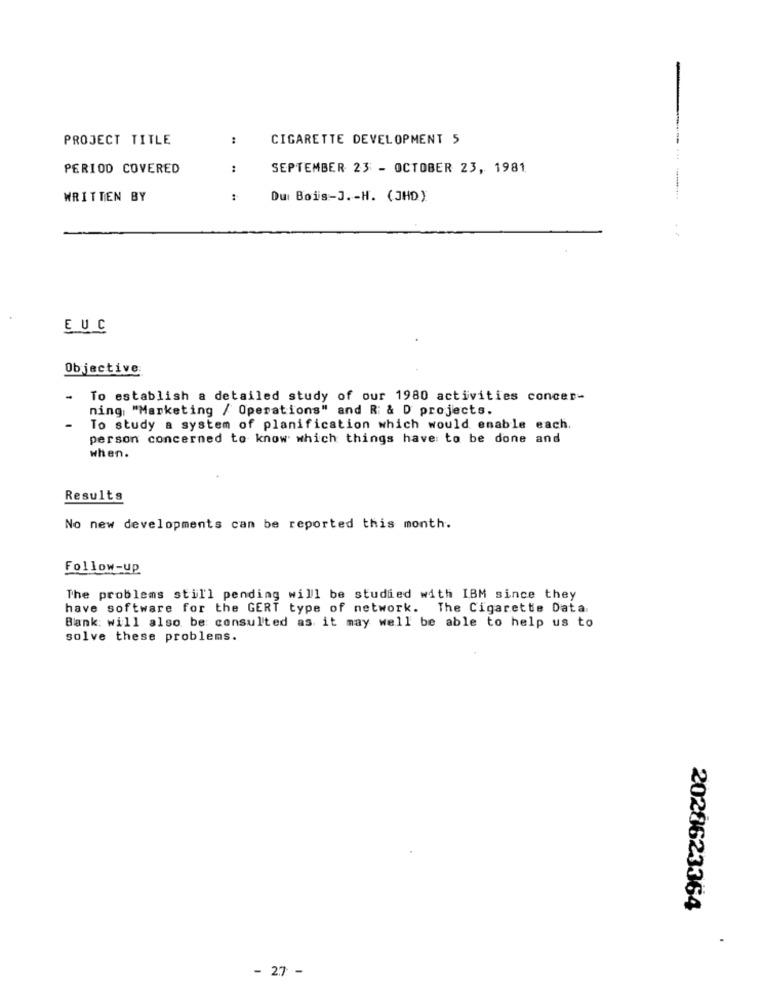
PROJECT TITLE
:
CIGARETTE DEVELOPMENT 5
PERIOD COVERED
:
SEPTEMBER 23 - OCTOBER 23, 1981
WRITTEN BY
Du Bois-J. - H. (JHD)
EUC
Objective:
-
To establish a detailed study of our 1980 activities concer-
ning, "Marketing / Operations" and R & D projects.
-
To study a system of planification which would enable each.
person concerned to know which things have to be done and
when.
Results
No new developments can be reported this month.
Follow-up
The problems still pending will be studied with IBM since they
have software for the GERT type of network. The Cigarette Data
Bank: will also be consulted as it may well be able to help us to
solve these problems.
2020623364
- 27 -